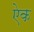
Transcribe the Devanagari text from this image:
एेक